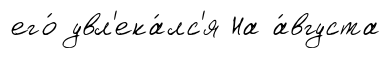
его́ увл'ека́лс'я На а́вгуста